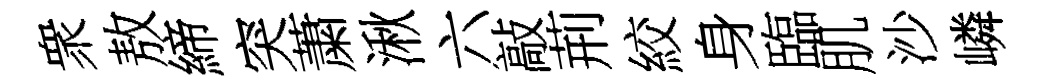
衆敖締突䔥湫六敲荊絞身臨肌沙嶙